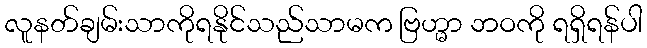
လူနတ်ချမ်းသာကိုရနိုင်သည်သာမက ဗြဟ္မာ ဘဝကို ရရှိရန်ပါ